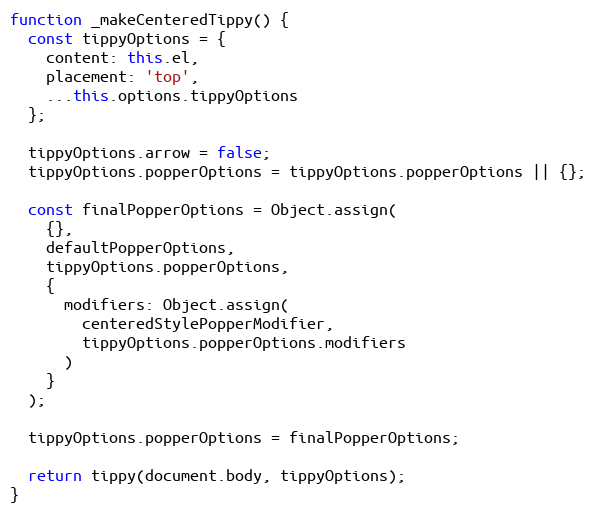
Language: JavaScript
function _makeCenteredTippy() {
  const tippyOptions = {
    content: this.el,
    placement: 'top',
    ...this.options.tippyOptions
  };

  tippyOptions.arrow = false;
  tippyOptions.popperOptions = tippyOptions.popperOptions || {};

  const finalPopperOptions = Object.assign(
    {},
    defaultPopperOptions,
    tippyOptions.popperOptions,
    {
      modifiers: Object.assign(
        centeredStylePopperModifier,
        tippyOptions.popperOptions.modifiers
      )
    }
  );

  tippyOptions.popperOptions = finalPopperOptions;

  return tippy(document.body, tippyOptions);
}